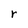
Character: r